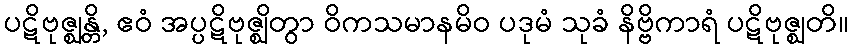
ပဋိဗုဇ္ဈန္တိ, ဧဝံ အပ္ပဋိဗုဇ္ဈိတွာ ဝိကသမာနမိဝ ပဒုမံ သုခံ နိဗ္ဗိကာရံ ပဋိဗုဇ္ဈတိ။